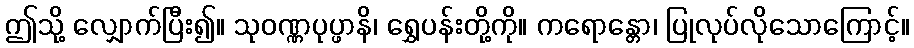
ဤသို့ လျှောက်ပြီး၍။ သုဝဏ္ဏပုပ္ဖာနိ၊ ရွှေပန်းတို့ကို။ ကရောန္တော၊ ပြုလုပ်လိုသောကြောင့်။